Eesti_Rahvusfond, lk 93
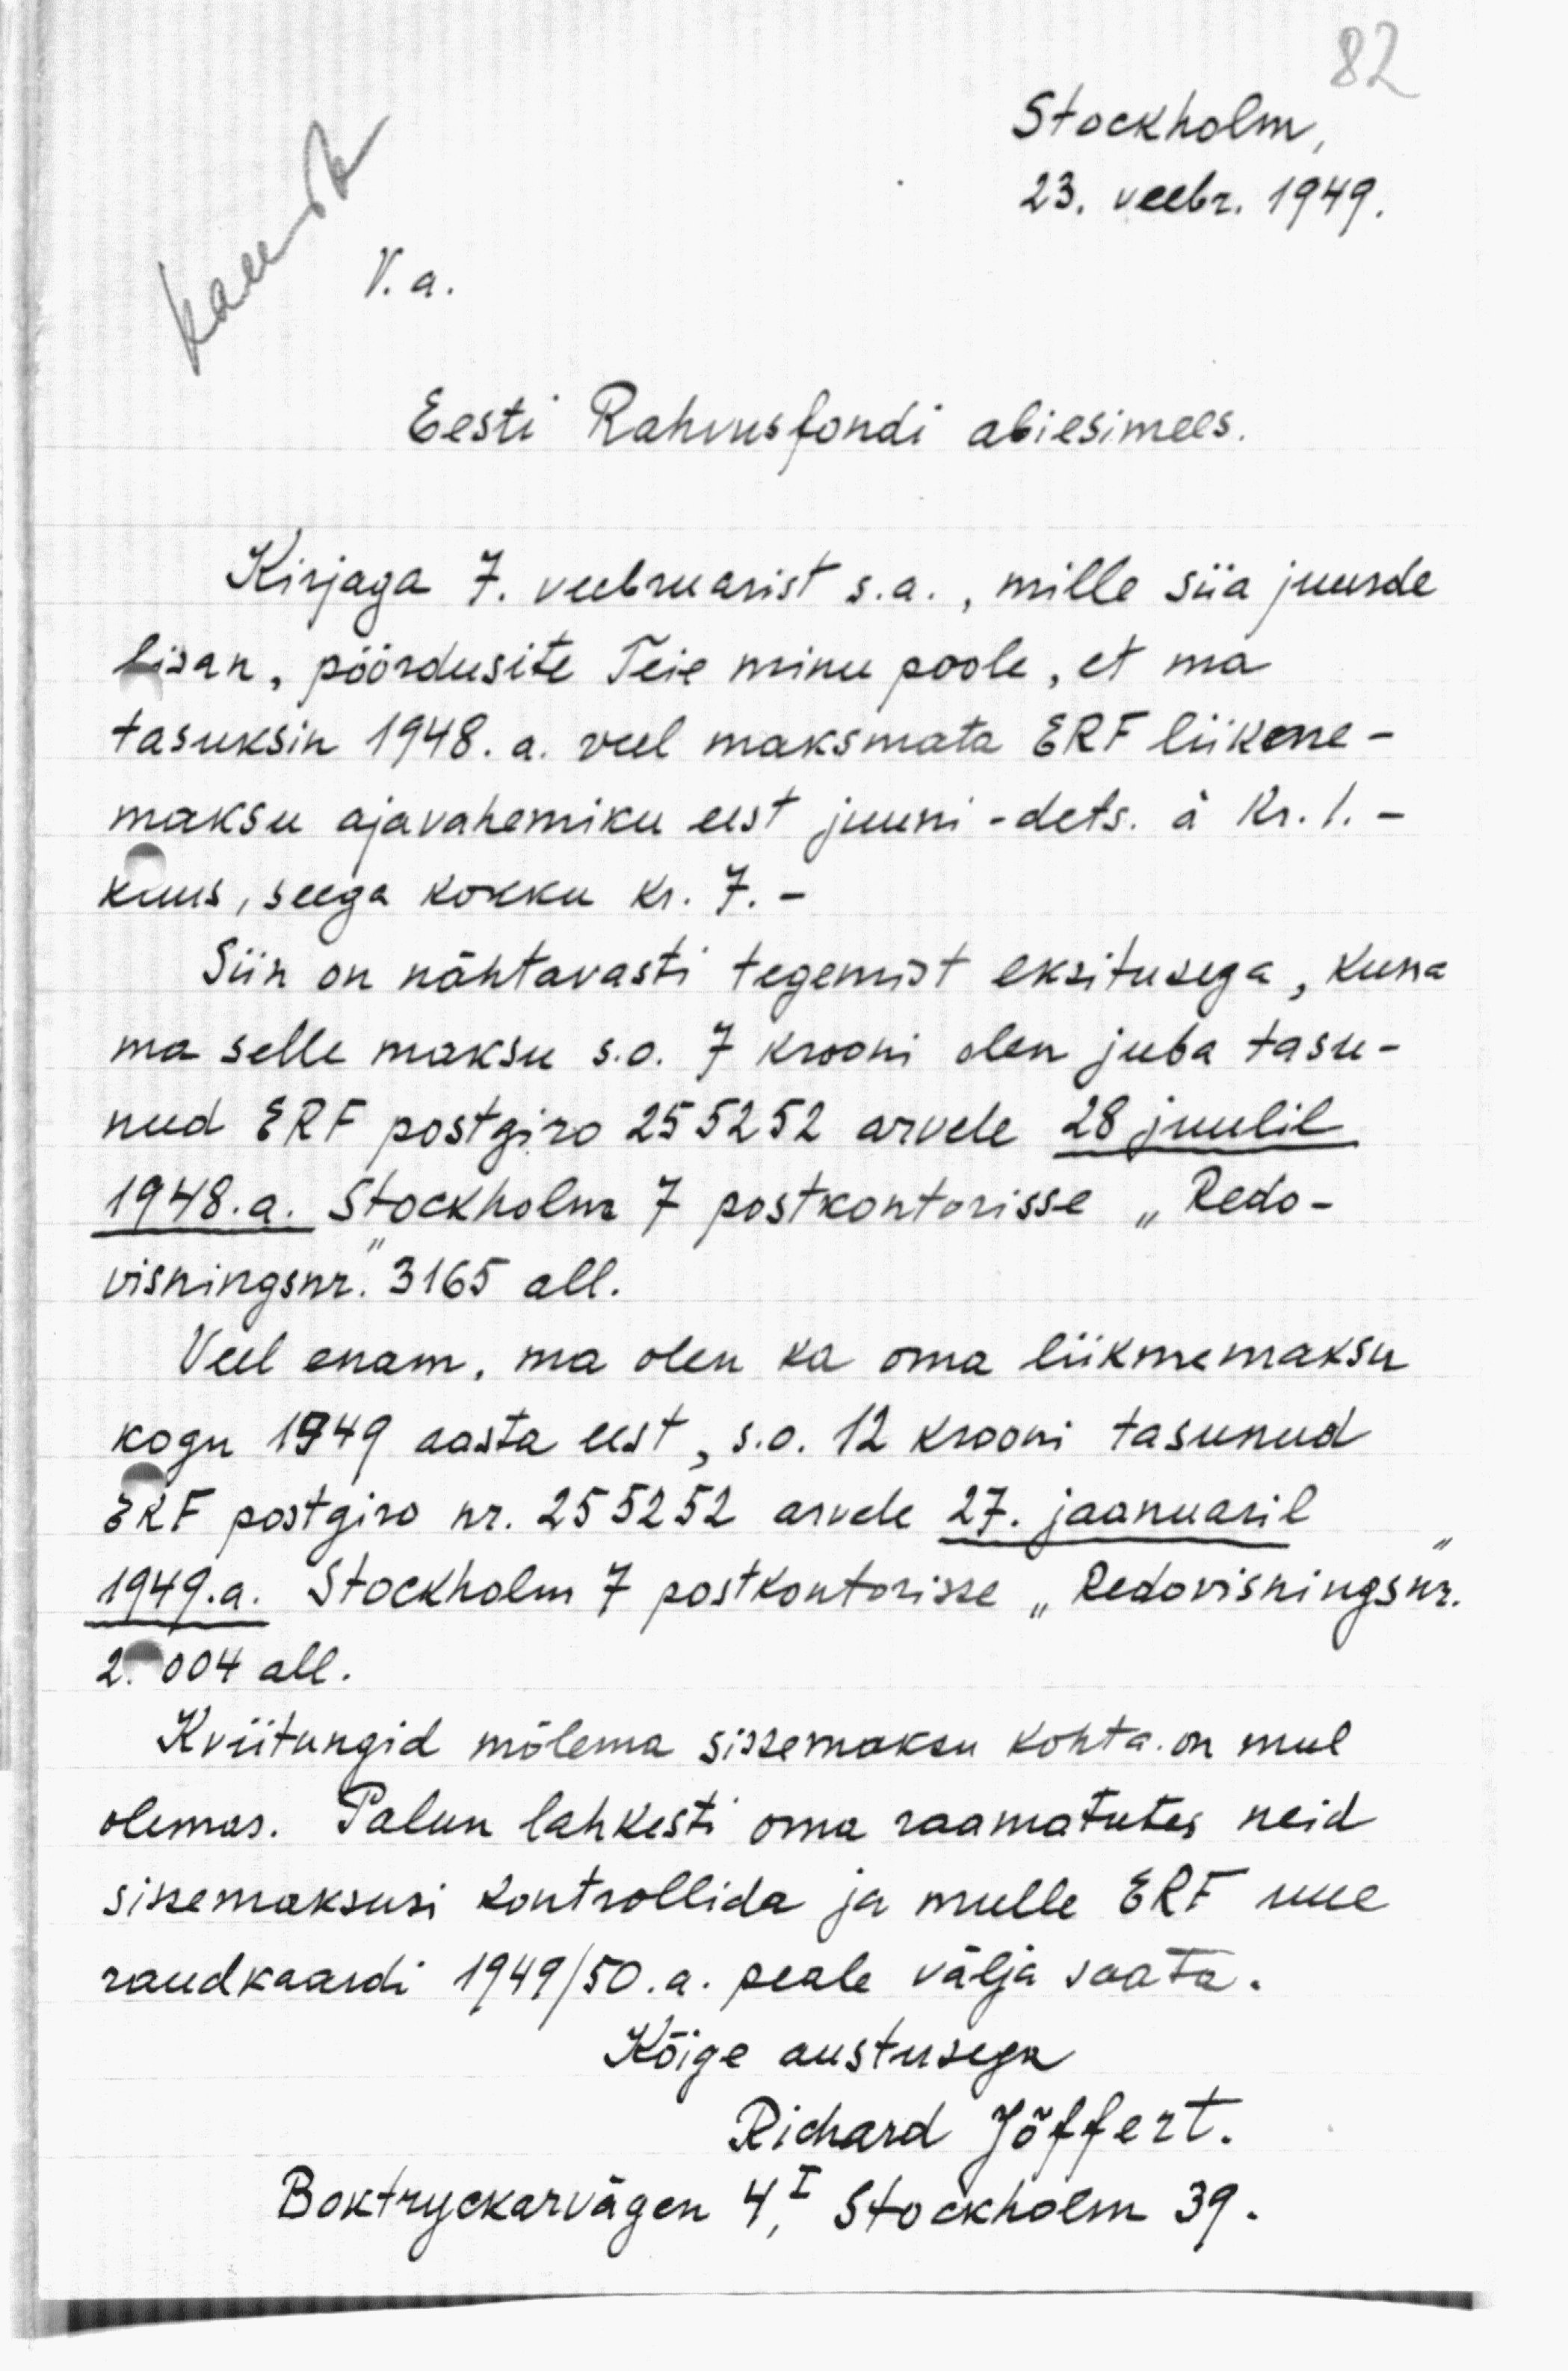
Stockholm,
23. veebr. 1949.
V. a.
Eesti Rahvusfondi abiesimees.
Kirjaga 7. veebruarist s.a., mille siia juurde
lisan, pöördusite Teie minu poole, et ma
tasuksin 1948. a. veel maksmata ERF liikme-
maksu ajavahemiku eest juuni -dets. à Kr./.-
kuus, seega kokku kr. 7.-
Siin on nähtavasti tegemist eksitusega, kuna
ma selle maksu s.o. 7 krooni olen juba tasu-
nud ERF postgiro 255252 arvele 28 juulil
1948. a. Stokholm 7 postkontorisse "Redo-
visningsnr. 3165 all.
Veel enam, ma olen ka oma liikmemaksu
kogu 1949 aasta eest, s.o. 12 krooni tasunud
ERF postgiro nr. 255252 arvele 27. jaanuaril
1949. a. Stokholm 7 postkontorisse "Redovisningsnr.
2. 004 all.
Kviitungid mõlema sissemaksu kohta on mul
olemas. Palun lahkesti oma raamatutes neid
sisemaksusi kontrollida ja mulle ERF uue
raudkaardi 1949/50.a. peale välja saata.
Kõige austusega
Richard Jõffert.
Boktryckarvägen 4I Stockholm 39.